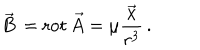
\vec { B } \, = \mathrm { r o t } \, \vec { A } = \mu \frac { \vec { x } } { r ^ { 3 } } \, .